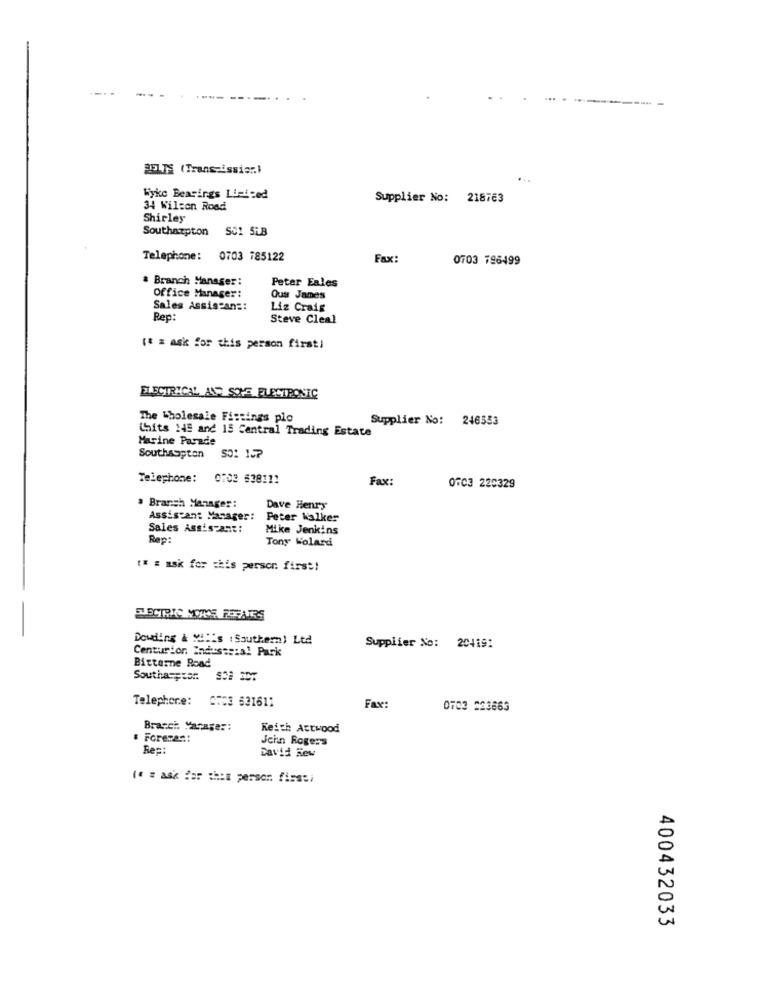
-..
BELTS (Trans-issier.)
Wyke Bearings Lieised
Supplier No: 218763
34 Wilson Road
Shirley
Southampton 501 5LB
Telephone: 0703 785122
Fax:
0703 796499
Branch Manager:
Peter Eales
Office Manager:
Ous James
Sales Assistant:
Liz Crais
Rep:
Steve Cleal
(* = ask for this person first)
ELECTRICAL AND SOME ELECTRONIC
The Wholesale Fittings plo
Supplier No: 246553
Chits 14 and 15 Central Trading Estate
Marine Parade
Southssptan
Telephone: 0702 638111
Fax:
0703 220329
# Branch Manager:
Dave Henry
Assistant Manager:
Peter Walker
Sales Assispane:
Mike Jenkins
Rep:
Tony Wolard
(" # ask for this person first!
Dowding & Milis (Southern) Ltd
Centurion Industrial Park
Supplier No: 204191
Bitterne Road
Southampton
Telephone: CT:3 631611
Fax:
0703 223663
Bracci. Yasage ::
Keith Attwood
& Foreman:
Jehn Rogers
Res:
David Rew
Is = ask for this person firssi
400432033